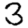
Digit: 3